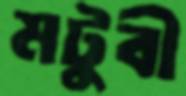
মটুবী